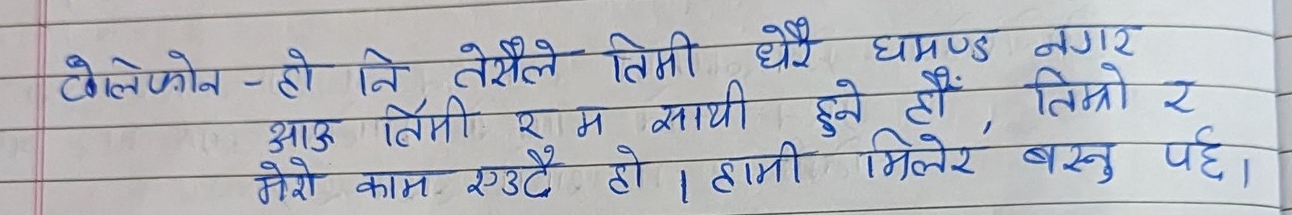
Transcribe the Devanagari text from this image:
बोलेको हो नि तेसैले तिमी धेरै घमण्ड नगर
आऊ तिमी र म साथी हुने है, तिम्रो र
मेरो काम एउटै हो। हामी मिलेर बस्नु पर्छ।